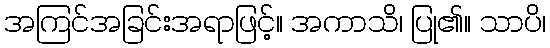
အကြင်အခြင်းအရာဖြင့်။ အကာသိ၊ ပြု၏။ သာပိ၊